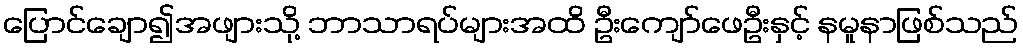
ပြောင်ချော၍အဖျားသို့ ဘာသာရပ်များအထိ ဦးကျော်ဖေဦးနှင့် နမူနာဖြစ်သည်